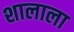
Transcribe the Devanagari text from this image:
शालाला